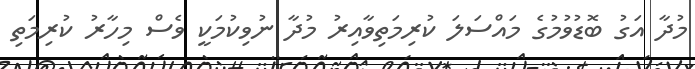
މުދާ އަގު ބޮޑުވުމުގެ މައްސަލަ ކުރިމަތިވާއިރު މުދާ ނުވިކުމަކީ ވެސް މިހާރު ކުރިމަތި